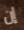
إن